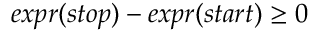
e x p r ( s t o p ) - e x p r ( s t a r t ) \geq 0